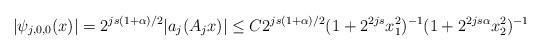
LaTeX: \begin{align*}|\psi_{j,0,0}(x)| = 2^{js(1+\alpha)/2} |a_{j} (A_{j}x)| \le C 2^{js(1+\alpha)/2} (1+2^{2js}x_1^2)^{-1} (1+2^{2js\alpha}x_2^2)^{-1}\end{align*}